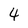
Character: 4